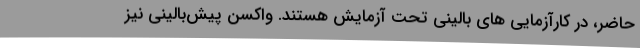
حاضر، در کارآزمایی های بالینی تحت آزمایش هستند. واکسن پیش‌بالینی نیز